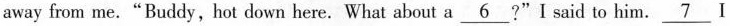
away from me."Buddy,hot down here. What about a \underline{6} ?"I said to him. \underline{7} I